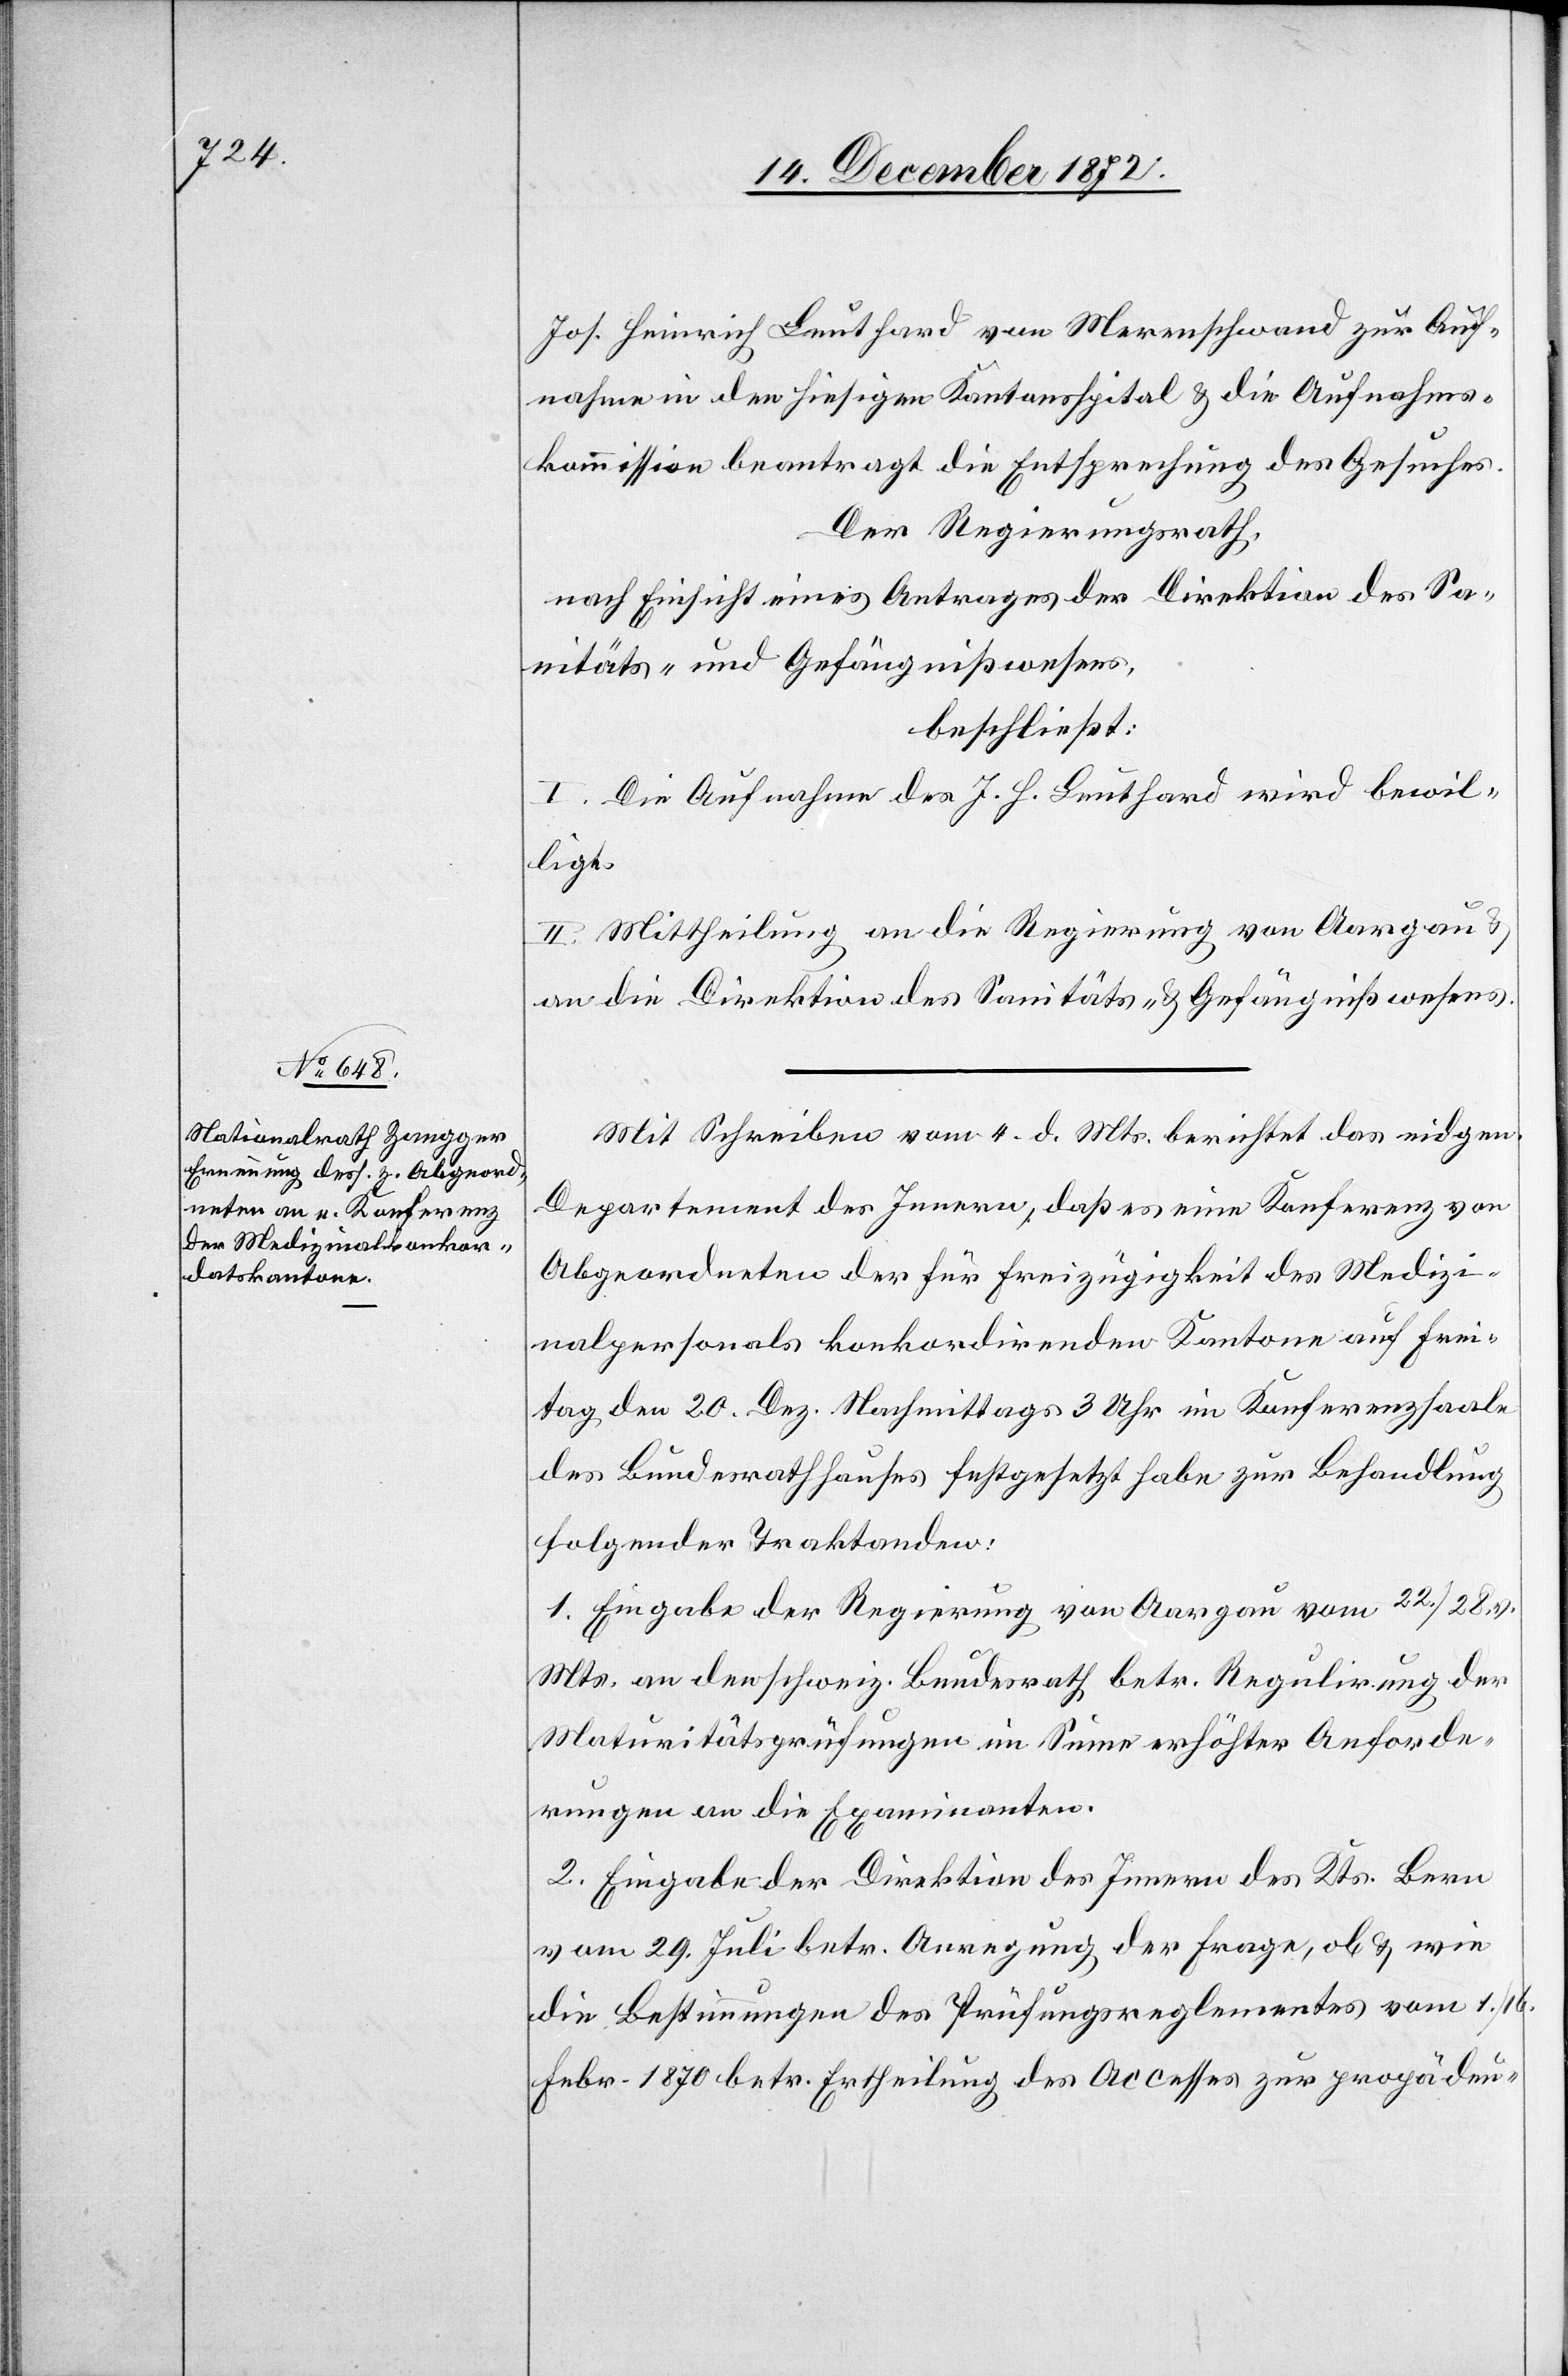
Jos. Heinrich Leuthard von Merenschwand [sic!] zur Auf¬
nahme in den hiesigen Kantonsspital u. die Aufnahms¬
kommission beantragt die Entsprechung des Gesuches.
Der Regierungsrath,
nach Einsicht eines Antrages der Direktion des Sa¬
nitäts- u. Gefängnißwesens,
beschließt:
I. Die Aufnahme des J. H. Leuthard wird bewil¬
ligt.
II. Mittheilung an die Regierung von Aargau u.
an die Direktion des Sanitäts- u. Gefängnißwesens.
Mit Schreiben vom 4. d. Mts. berichtet das eidgen.
Departement des Innern, daß es eine Konferenz von
Abgeordneten der für Freizügigkeit des Medizi¬
nalpersonals konkordirenden Kantone auf Frei¬
tag den 20. Dez. Nachmittags 3 Uhr im Konferenzsaale
des Bundesrathhauses festgesetzt habe zur Behandlung
folgender Traktanden:
1. Eingabe der Regierung von Aargau vom 22./28. v.
Mts. an den schweiz. Bundesrath betr. Regulirung der
Maturitätsprüfungen um Summe erhöhter Anforde¬
rungen an die Examinanten.
2. Eingabe der Direktion des Innern des Kts. Bern
vom 29. Juli betr. Anregung der Frage, ob u. wie
die Bestimmungen des Prüfungsreglementes vom 1./16.
Febr. 1870 betr. Ertheilung des Accesses zur propädeu-